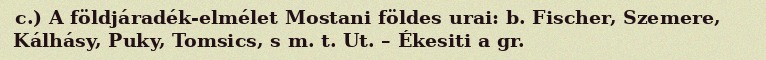
c.) A földjáradék-elmélet Mostani földes urai: b. Fischer, Szemere, Kálhásy, Puky, Tomsics, s m. t. Ut. – Ékesiti a gr.